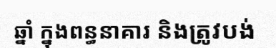
ឆ្នាំ ក្នុងពន្ធនាគារ និងត្រូវបង់